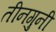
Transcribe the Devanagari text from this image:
तीनगुनी